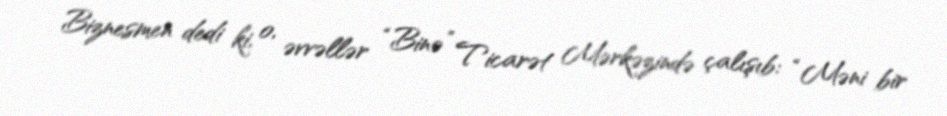
Biznesmen dedi ki, o, əvvəllər “Binə” Ticarət Mərkəzində çalışıb: “Məni bir